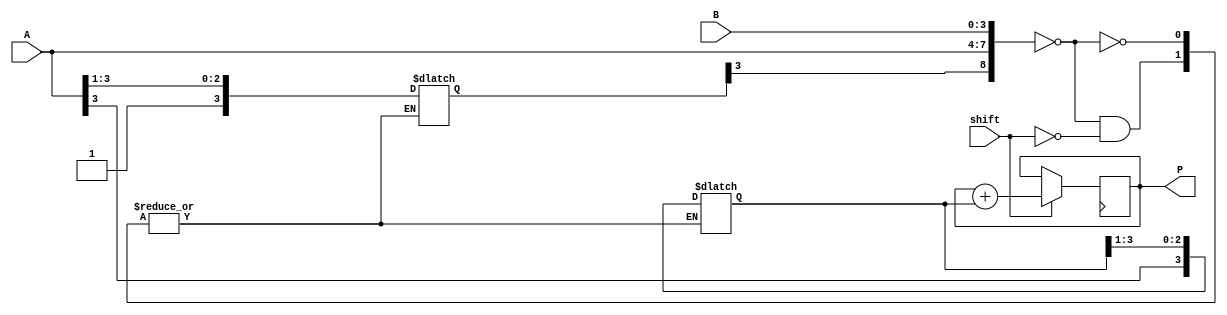
module BoothMultiplier(
    input [3:0] A, B,
    input shift,
    output reg [7:0] P
);

reg [3:0] PP;
reg [3:0] M;

always @ (A or B or shift) begin
    case({M[3], A[3:0], B[3:0]})
        4'b0000_0000: begin
            if(shift) begin
                PP <= {A[3], PP[3:1]};
                M <= {1, A[3:1]};
            end else begin
                PP <= PP;
                M <= M;
            end
        end
        
        // other Booth encoding cases
        
    endcase
end

always @ (posedge clk) begin
    if(shift) begin
        P <= P + PP;
    end
end

endmodule